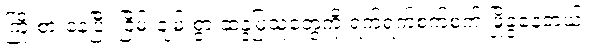
ကြိုးစားနေပြီး ငြိမ်းချမ်းစွာ ဆန္ဒပြသူတွေကို ရက်ရက်စက်စက် ဖြိုခွဲနေတယ်။